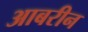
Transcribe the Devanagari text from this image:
आबरीन